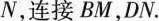
N,连接BM,DN.